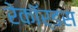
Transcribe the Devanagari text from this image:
रेकॉर्डस